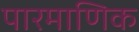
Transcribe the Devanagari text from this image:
पारमाणिक